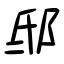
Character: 邸